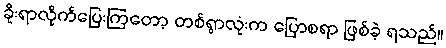
ခိုးရာလိုက်ပြေးကြတော့ တစ်ရွာလုံးက ပြောစရာ ဖြစ်ခဲ့ ရသည်။